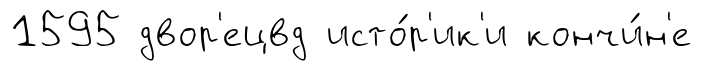
1595 двор'ецвд исто́р'ик'и кончи́н'е